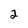
Character: 2